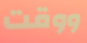
ووقت